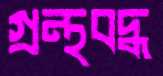
গ্রন্থবদ্ধ